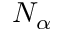
N _ { \alpha }